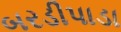
બરડીપાડા